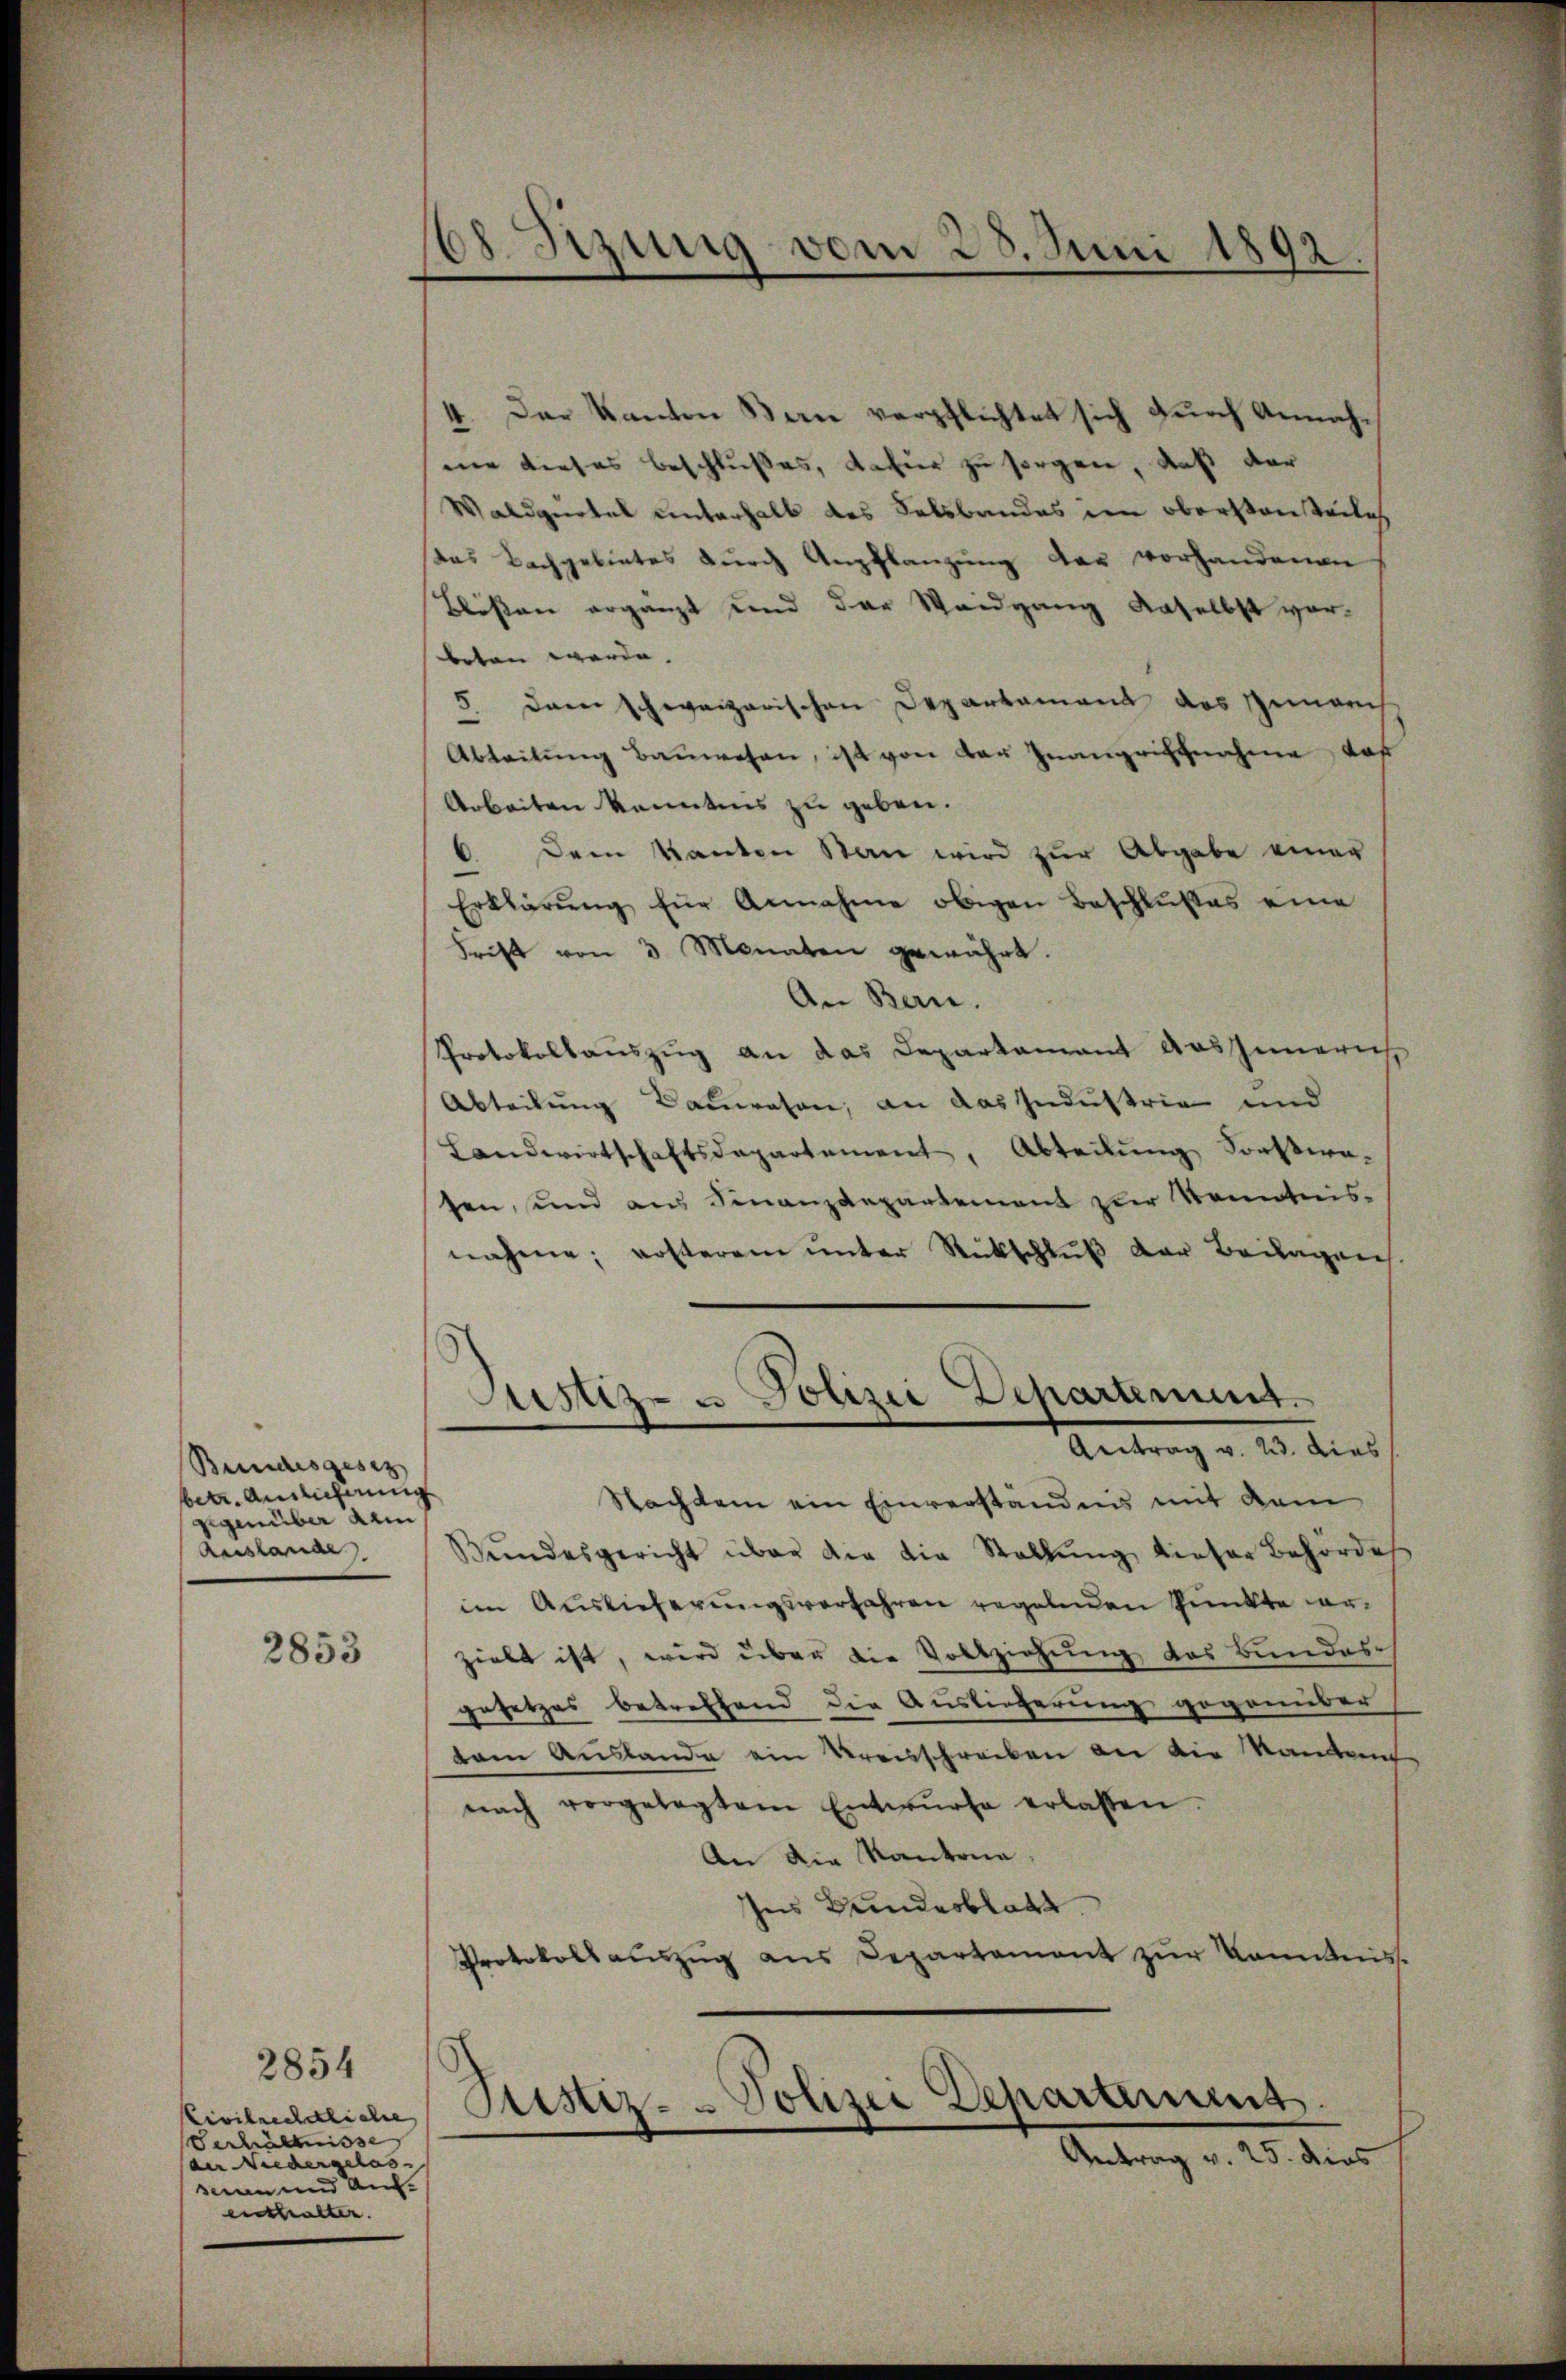
Bundesgesez
betr. Auslicherung
gegenüber am
Auslande

2853

2854
Civilrechtliche
Verhältnisse
an Niedergelas- |
seen und Auf-
enthalten.

dl. Sizung vom 23. Juni 1892.

4. Der Kanton Bern verpflichtet sich durch Annahne dieses Beschlußes, dafür zu sorgen, daß der
Waldquetel unterhalb des Felsbandes im oberstanteiles
Das Bachgebietes dŭrch Anpflanzŭng der vorhandenen
Blößen ergänzt und der Weidgang daselbst vor-
beten werde.
5 darei schweizerischen Departamand das Gemarch
Ableitŭng Baŭwesen, ist von der Inangriffnahme das
Arbeiten konntens zu geben.
6. Dem kanten Stan wird zŭr Abgabe einer
Erklärŭng für Annahme obigen Beschlußes eine
Frift von 3 Monaten gewährt.
An Bern.
Protokollauszug an das Departament Ausschimmerich
Abteilung Bauwesen, an das Industrie und
Landwirtschaftsdepartement, Abteilŭng Sonstwa-
sen, und aus Finanzdepartement zur Kenntnis-
nahme; ersterem unter Rückschluß der Beilagen
Nachdem ein Einverständnis mit dem
Bŭndesgericht über die die Stellŭng dieser Behörde
im Auslieferungsverfahren regelnden Punkte vorgiebt ist, wird über die Vollziehung des Bundes
gesetzes betreffend die Auslieferung gegenüber
tam Auslande ein Kreisschreiben an die Kantant
nach vorgelegtem Entwŭrfe erlassen.
An die Kantone.
Ins Bundesblatt
Protokoll aŭszŭg ans Departement zŭr Kenntnis

Justiz- u Polizei Departement.
Antrag v. 23. dies

Ristiz- & Polizei Departement.
Antrag v. 25. dies